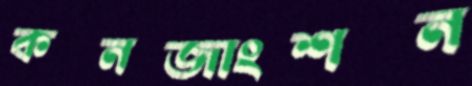
কনজাংশন